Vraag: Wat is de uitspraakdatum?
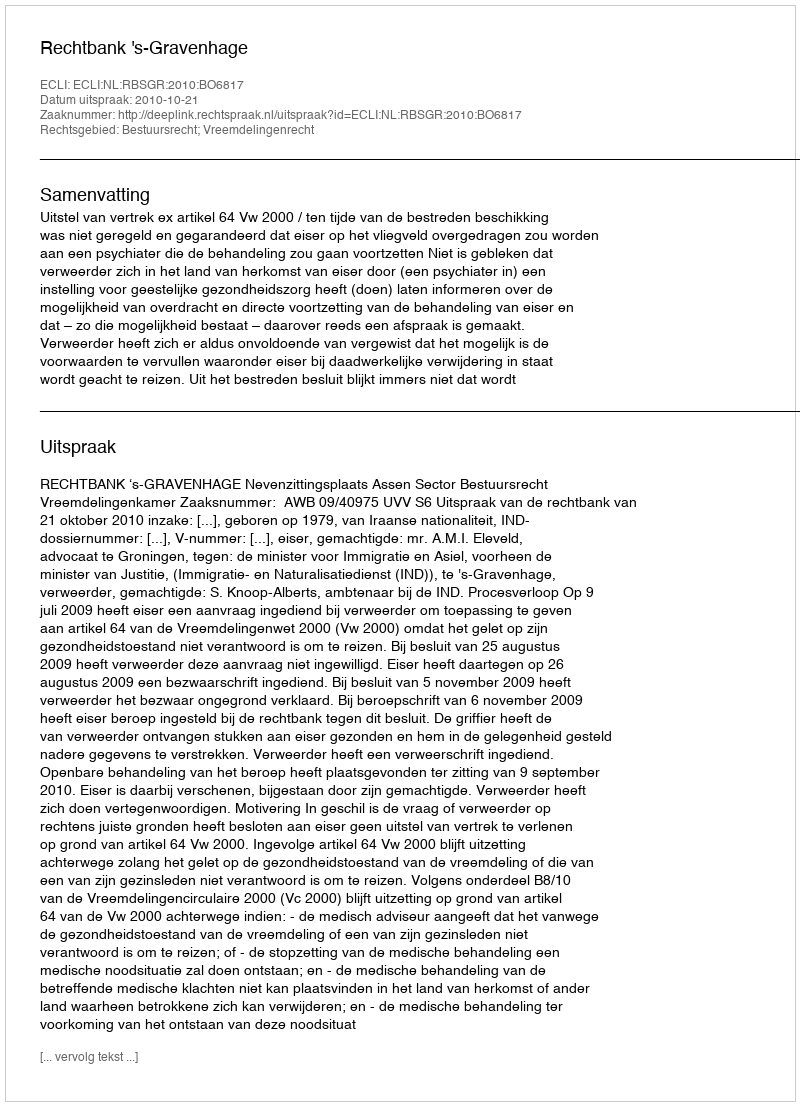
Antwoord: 2010-10-21